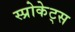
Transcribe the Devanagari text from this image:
स्प्रोकेट्स